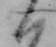
ハ